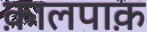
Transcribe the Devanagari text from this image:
क़ालपाक़